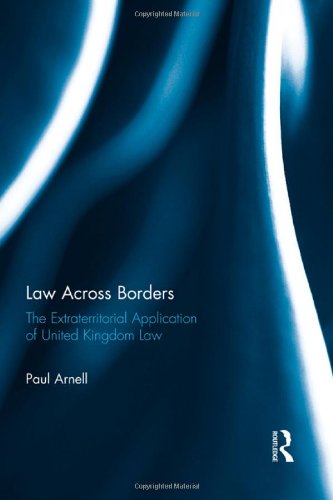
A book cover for Law Across Borders: The Extraterritorial Application of United Kingdom Law; Paul Arnell; Law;